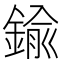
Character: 鍮